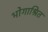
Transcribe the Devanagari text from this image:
भोगाश्रित